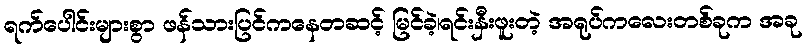
ရက်ပေါင်းများစွာ ဖန်သားပြင်ကနေတဆင့် မြင်ခဲ့၊ရင်းနှီးဖူးတဲ့ အရုပ်ကလေးတစ်ခုက အခု